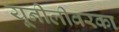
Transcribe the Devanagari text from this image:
यूनीलीवरका